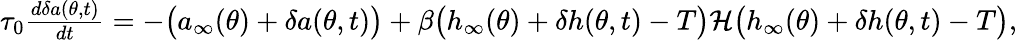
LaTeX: \begin{array}{r}{\tau_{0}\frac{d\delta a(\theta,t)}{dt}=-\big(a_{\infty}(\theta)+\delta a(\theta,t)\big)+\beta\big(h_{\infty}(\theta)+\delta h(\theta,t)-T\big)\mathcal{H}\big(h_{\infty}(\theta)+\delta h(\theta,t)-T\big),}\end{array}